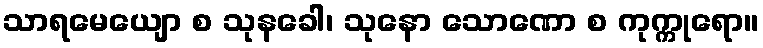
သာရမေယျော စ သုနခေါ၊ သုနော သောဏော စ ကုက္ကုရော။